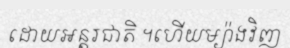
ដោយអន្តរជាតិ ។ហើយម្យ៉ាងវិញ